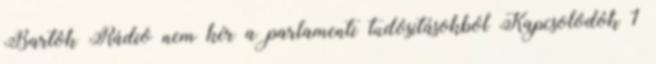
Bartók Rádió nem kér a parlamenti tudósításokból Kapcsolódók 1